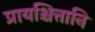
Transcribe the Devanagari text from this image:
प्रायश्चित्तानि